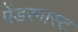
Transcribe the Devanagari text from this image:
पेंडरगास्ट